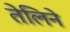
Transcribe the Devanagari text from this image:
तेलिने